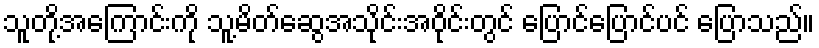
သူတို့အကြောင်းကို သူ့မိတ်ဆွေအသိုင်းအဝိုင်းတွင် ပြောင်ပြောင်ပင် ပြောသည်။